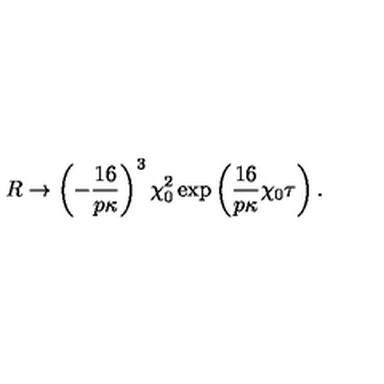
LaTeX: R \rightarrow \left( - \frac { 1 6 } { p \kappa } \right) ^ { 3 } \chi _ { 0 } ^ { 2 } \exp \left( \frac { 1 6 } { p \kappa } \chi _ { 0 } \tau \right) .